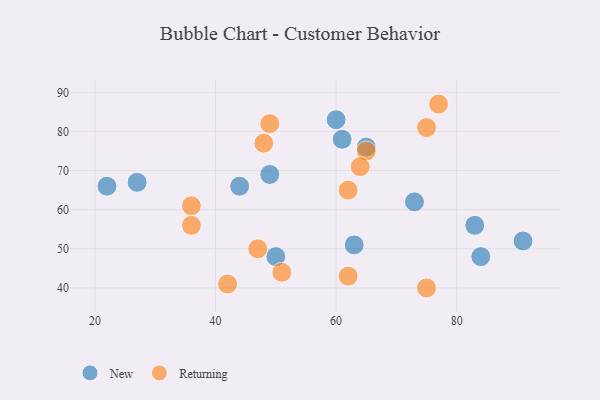
{"axis": {"x": "GDP", "y": "Life Expectancy"}, "legend": ["New", "Returning"], "data": [{"x": "91", "y": 52, "type": "New"}, {"x": "44", "y": 66, "type": "New"}, {"x": "83", "y": 56, "type": "New"}, {"x": "63", "y": 51, "type": "New"}, {"x": "60", "y": 83, "type": "New"}, {"x": "73", "y": 62, "type": "New"}, {"x": "49", "y": 69, "type": "New"}, {"x": "50", "y": 48, "type": "New"}, {"x": "27", "y": 67, "type": "New"}, {"x": "22", "y": 66, "type": "New"}, {"x": "65", "y": 76, "type": "New"}, {"x": "84", "y": 48, "type": "New"}, {"x": "61", "y": 78, "type": "New"}, {"x": "51", "y": 44, "type": "Returning"}, {"x": "42", "y": 41, "type": "Returning"}, {"x": "65", "y": 75, "type": "Returning"}, {"x": "64", "y": 71, "type": "Returning"}, {"x": "49", "y": 82, "type": "Returning"}, {"x": "75", "y": 81, "type": "Returning"}, {"x": "47", "y": 50, "type": "Returning"}, {"x": "77", "y": 87, "type": "Returning"}, {"x": "62", "y": 65, "type": "Returning"}, {"x": "75", "y": 40, "type": "Returning"}, {"x": "62", "y": 43, "type": "Returning"}, {"x": "36", "y": 56, "type": "Returning"}, {"x": "48", "y": 77, "type": "Returning"}, {"x": "36", "y": 61, "type": "Returning"}]}